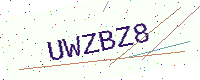
Text: UWZBZ8